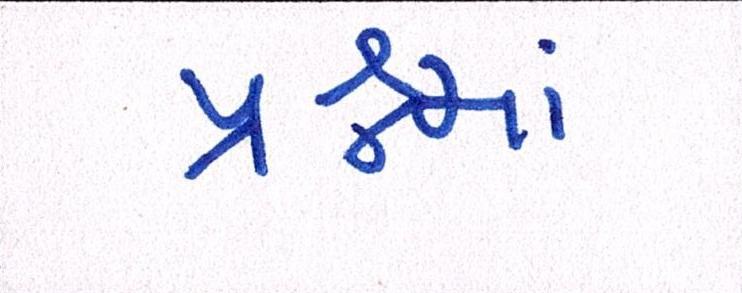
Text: પ્રશ્નમાં